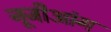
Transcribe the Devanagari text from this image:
नूजीआंग